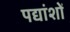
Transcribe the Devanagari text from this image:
पद्यांशों